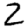
Digit: 2